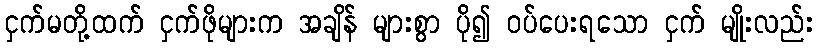
ငှက်မတို့ထက် ငှက်ဖိုများက အချိန် များစွာ ပို၍ ဝပ်ပေးရသော ငှက် မျိုးလည်း